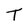
Character: T